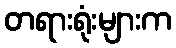
တရားရုံးများက